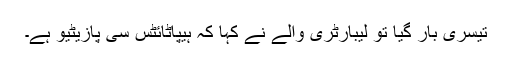
تیسری بار گیا تو لیبارٹری والے نے کہا کہ ہیپاٹائٹس سی پازیٹیو ہے۔